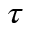
\tau